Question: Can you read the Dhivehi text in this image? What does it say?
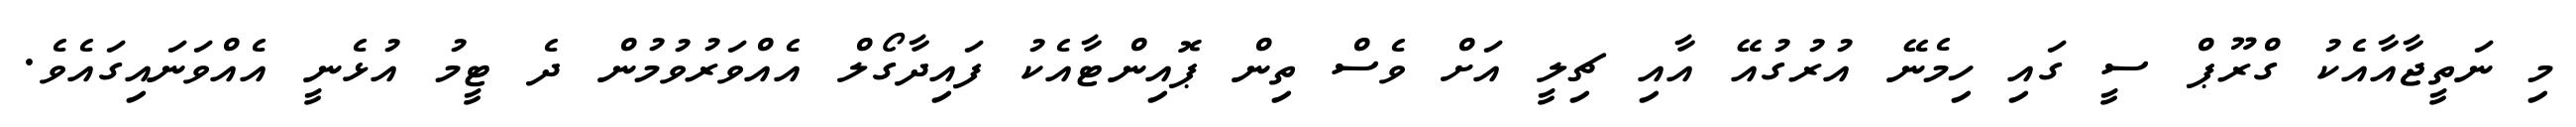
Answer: މި ނަތީޖާއާއެކު ގްރޫޕް ސީ ގައި ހިމެނޭ އުރުގުއޭ އާއި ޗިލީ އަށް ވެސް ތިން ޕޮއިންޓާއެކު ފައިދާގޯލް އެއްވަރުވުމުން ދެ ޓީމު އުޅެނީ އެއްވަނައިގައެވެ.